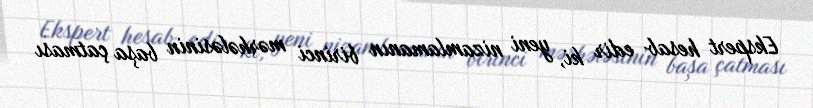
Ekspert hesab edir ki, yeni nizamlamanın birinci mərhələsinin başa çatması